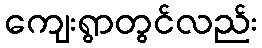
ကျေးရွာတွင်လည်း